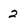
Character: 2